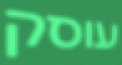
עוסק